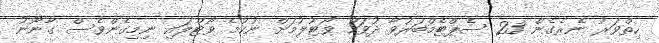
ހިތްވަރު ނެރެގެން 23 ސެޕްޓެމްބަރުވާ ދުވަހު ވޯޓުލުމަށް ނުކުމެ ވޯޓްލައި ނިމިގެންވެސް ގާނޫނު